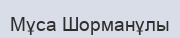
Мұса Шорманұлы